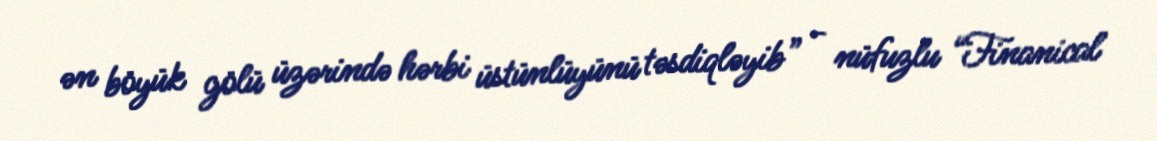
ən böyük gölü üzərində hərbi üstünlüyünü təsdiqləyib” - nüfuzlu “Finanical